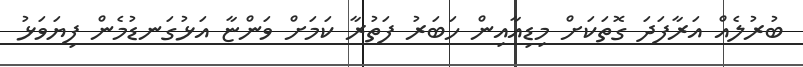
ބުރުލެއް އަރާފަދަ ގޮތަކަށް މިޑިއާއިން ހަބަރު ފަތުރާ ކަމަށް ވަންޏާ އަޅުގަނޑުމެން ފިޔަވަޅު